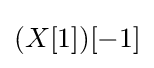
(X[1])[-1]